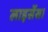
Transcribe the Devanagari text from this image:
लाइसेंस।